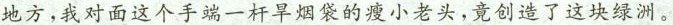
地方，我对面这个手端一杆旱烟袋的瘦小老头，竟创造了这块绿洲。